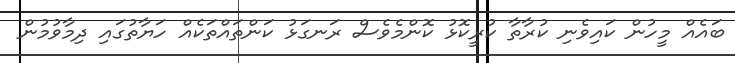
ބައެއް މީހުން ކައިވެނި ކުރާތާ ކުރީކޮޅު ކޮންމެވެސް ރަނގަޅު ކަންތައްތަކެއް ހަޔާތުގައި ދިމާވުމުން